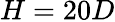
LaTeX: H=20D